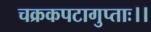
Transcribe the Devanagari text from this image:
चक्रकपटागुप्ताः।।